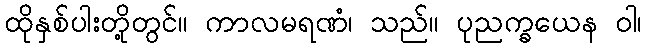
ထိုနှစ်ပါးတို့တွင်။ ကာလမရဏံ၊ သည်။ ပုညက္ခယေန ဝါ၊